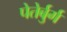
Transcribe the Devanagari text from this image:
पेतेर्बुर्ग